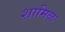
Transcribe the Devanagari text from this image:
शामिळ